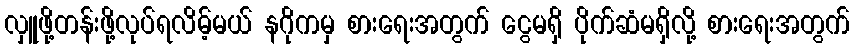
လှူဖို့တန်းဖို့လုပ်ရလိမ့်မယ် နဂိုကမှ စားရေးအတွက် ငွေမရှိ ပိုက်ဆံမရှိလို့ စားရေးအတွက်